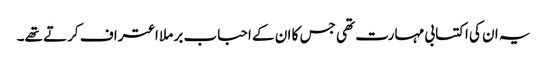
یہ ان کی اکتسابی مہارت تھی جس کا ان کے احباب بر ملا اعتراف کرتے تھے۔